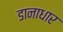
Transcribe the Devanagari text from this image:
डानाधार